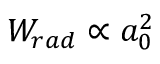
W _ { r a d } \propto a _ { 0 } ^ { 2 }